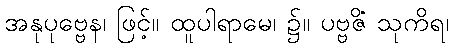
အနုပုဗ္ဗေန၊ ဖြင့်။ ထူပါရာမေ၊ ၌။ ပဗ္ဗဇိံ သုကိရ၊